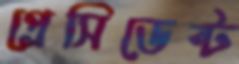
প্রেসিডেন্ট